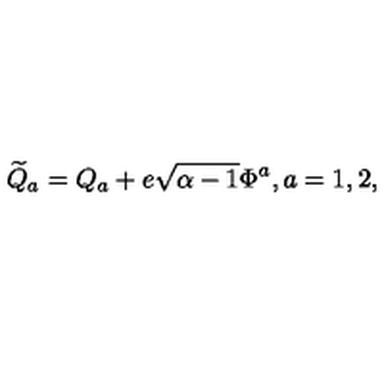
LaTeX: { \widetilde Q _ { a } } = Q _ { a } + e \sqrt { \alpha - 1 } \Phi ^ { a } , a = 1 , 2 ,